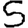
Digit: 5